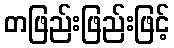
တဖြည်းဖြည်းဖြင့်